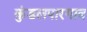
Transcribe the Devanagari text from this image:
कुंडलपारगाव